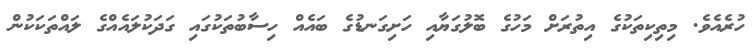
ހުރެއެވެ. މިތިކިތަކުގެ އިތުރަށް މަހުގެ ބޮލުގަޔާއި ހަށިގަނޑުގެ ބައެއް ހިސާބުތަކުގައި ގަދަކުލައެއްގެ ލައްތަކަކުން